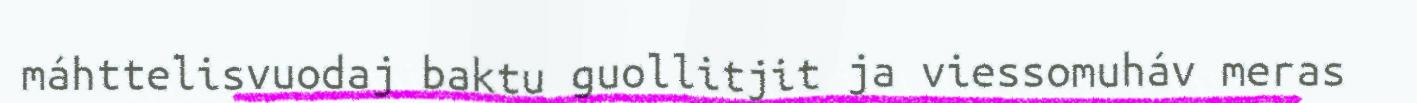
máhttelisvuodaj baktu guollitjit ja viessomuháv meras